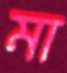
মা